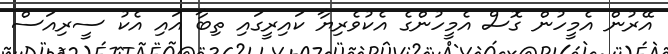
އޭރުން އެމީހުން ގޮސް އެމީހުންގެ އެކުވެރިޔާ ކައިރީގައި ތިބާ އައި އެކު ސީރިއަސް